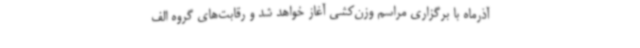
آذرماه با برگزاری مراسم وزن‌کشی آغاز خواهد شد و رقابت‌های گروه الف